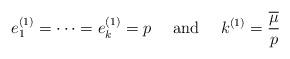
LaTeX: \begin{align*} e_1^{(1)} = \dotsb = e_k^{(1)} = p \textrm{ \ \ \ and \ \ \ } k^{(1)} = \frac{\overline{\mu}}{p} \end{align*}